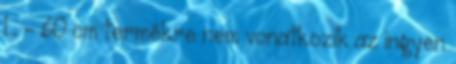
L - 60 cm termékre nem vonatkozik az ingyen